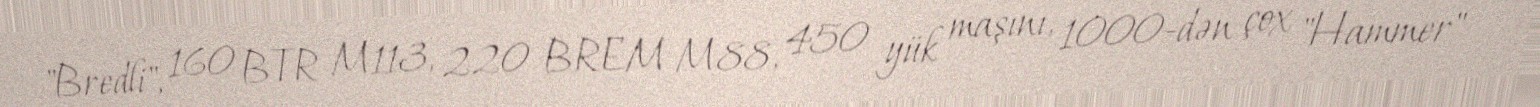
"Bredli", 160 BTR M113, 220 BREM M88, 450 yük maşını, 1000-dən çox "Hammer"